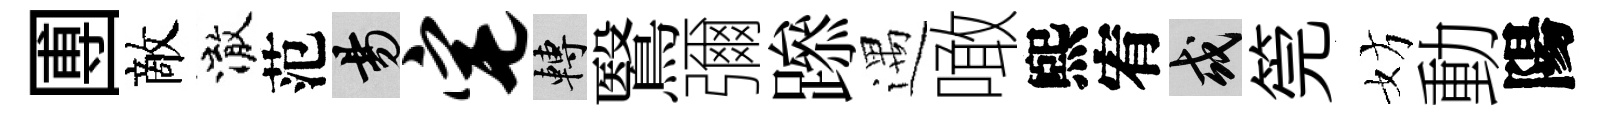
圑敵澈范昜宅轉鷖彌𨅶遇噉煕宥或筦妨動陽